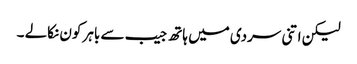
لیکن اتنی سردی میں ہاتھ جیب سے باہر کون نکالے ۔